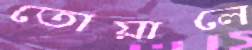
তোয়ালে